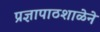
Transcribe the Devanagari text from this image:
प्रज्ञापाठशाळेने